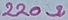
Text: 220Ω